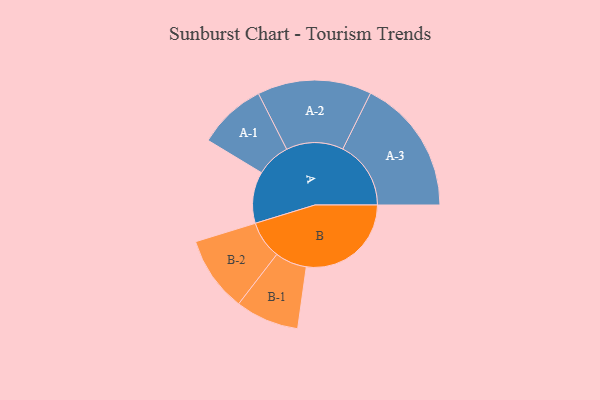
{"axis": {"x": "Segment", "y": "Value"}, "legend": ["", "A", "B"], "data": [{"x": "A", "y": 216, "type": ""}, {"x": "B", "y": 439, "type": ""}, {"x": "A-1", "y": 143, "type": "A"}, {"x": "A-2", "y": 239, "type": "A"}, {"x": "A-3", "y": 285, "type": "A"}, {"x": "B-1", "y": 133, "type": "B"}, {"x": "B-2", "y": 158, "type": "B"}]}